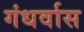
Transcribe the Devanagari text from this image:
गंधर्वास